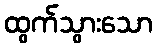
ထွက်သွားသော